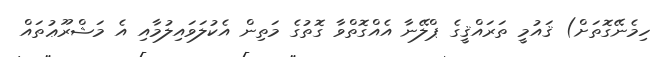
ހިމެނޭގޮތަށް) ޤައުމީ ތަރައްޤީގެ ޕްލޭނާ އެއްގޮތްވާ ގޮތުގެ މަތިން އެކުލަވައިލުމާއި އެ މަޝްރޫޢުތައް